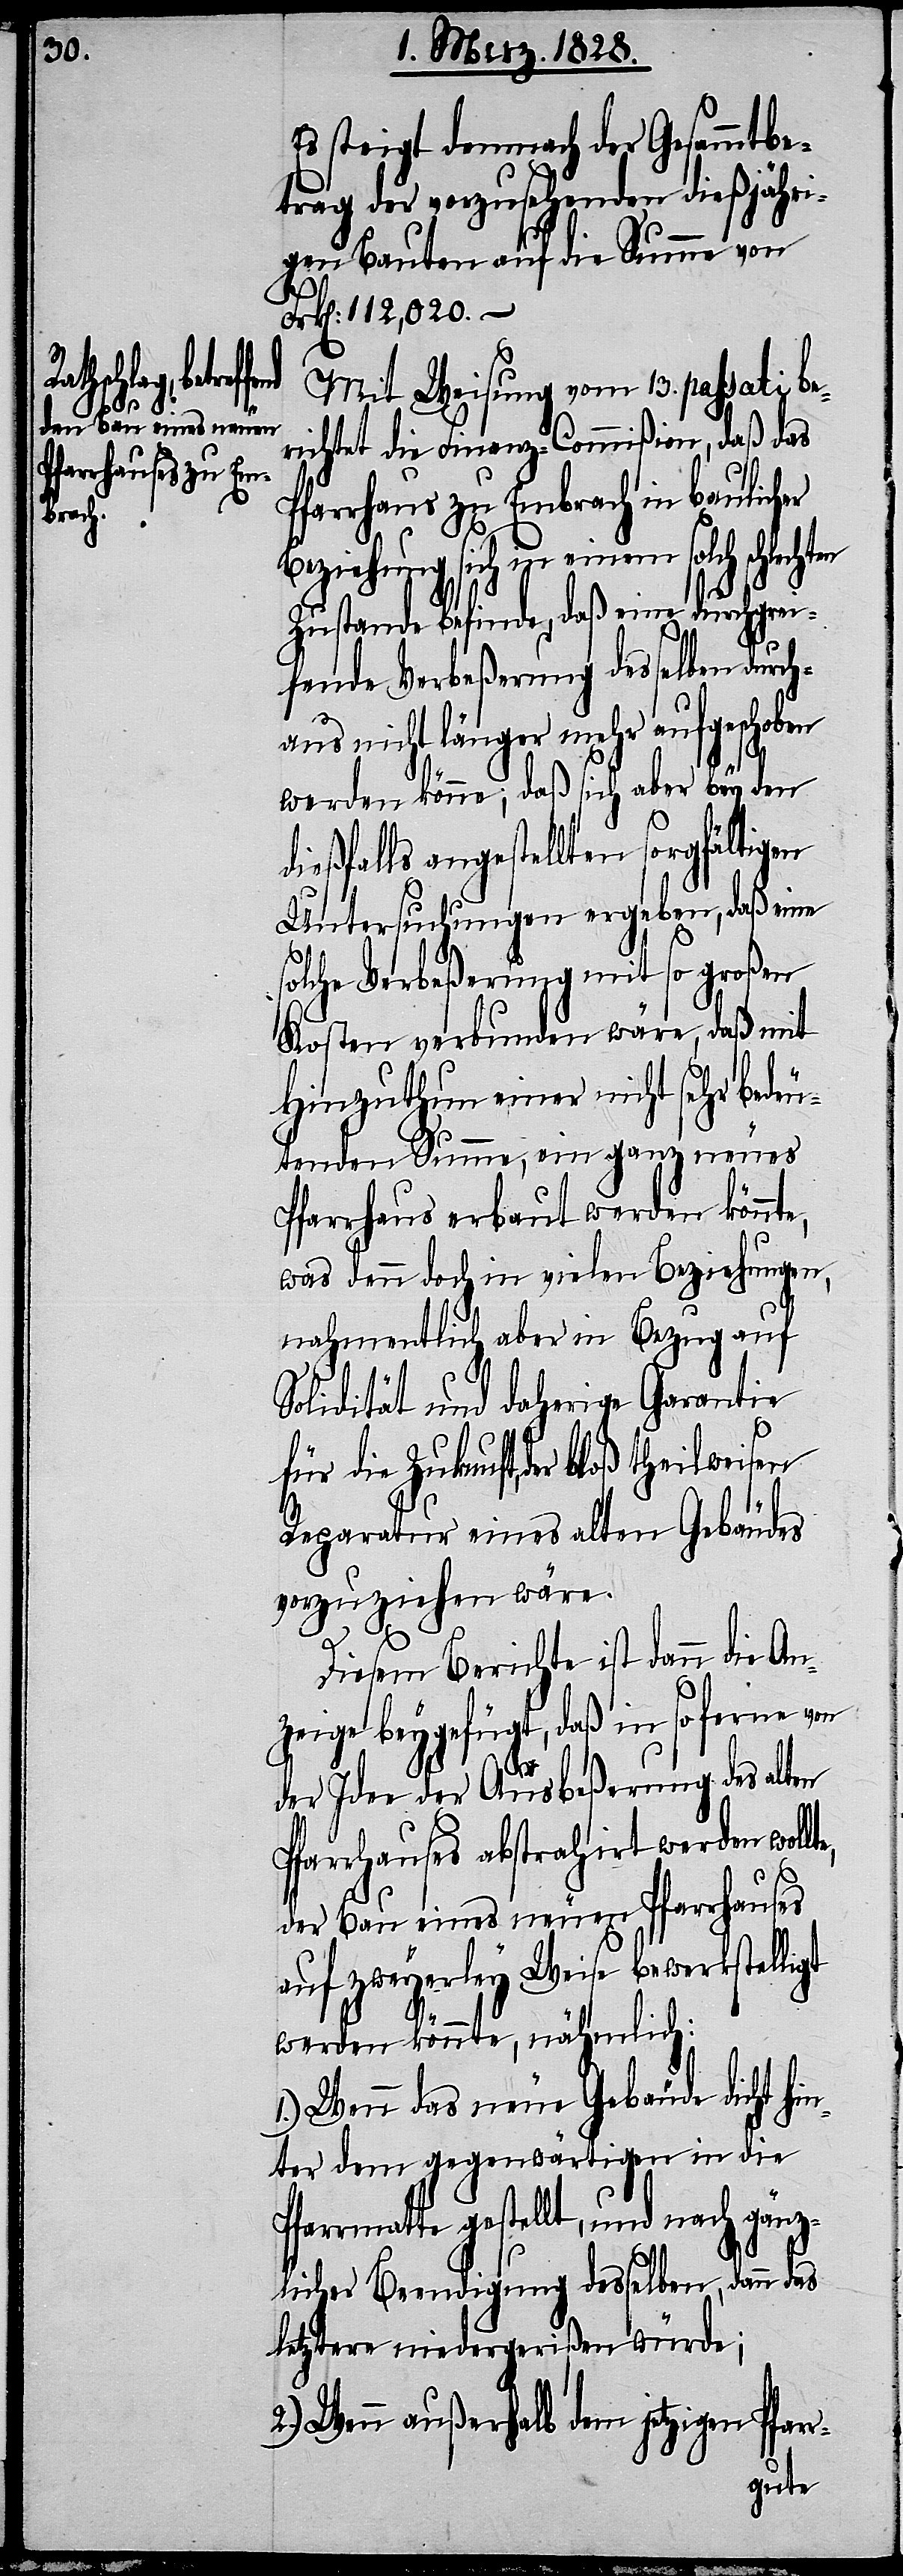
Es steigt demnach der Gesammtbe¬
trag der vorzusehenden dießjähri¬
gen Bauten auf die Summe von